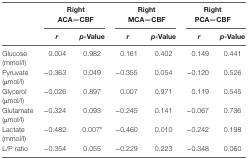
<table><thead><tr><td></td><td colspan="2"><b>Right ACA—CBF</b></td><td colspan="2"><b>Right MCA—CBF</b></td><td colspan="2"><b>Right PCA—CBF</b></td></tr><tr><td></td><td><b><i>r</i></b></td><td><b><i>p-</i>Value</b></td><td><b><i>r</i></b></td><td><b><i>p-</i>Value</b></td><td><b><i>r</i></b></td><td><b><i>p-</i>Value</b></td></tr></thead><tbody><tr><td>Glucose (mmol/l)</td><td>0.004</td><td>0.982</td><td>0.161</td><td>0.402</td><td>0.149</td><td>0.441</td></tr><tr><td>Pyruvate (μmol/l)</td><td>−0.363</td><td>0.049</td><td>−0.355</td><td>0.054</td><td>−0.120</td><td>0.526</td></tr><tr><td>Glycerol (μmol/l)</td><td>−0.026</td><td>0.897</td><td>0.007</td><td>0.971</td><td>0.119</td><td>0.545</td></tr><tr><td>Glutamate (μmol/l)</td><td>−0.324</td><td>0.093</td><td>−0.245</td><td>0.141</td><td>−0.067</td><td>0.736</td></tr><tr><td>Lactate (mmol/l)</td><td>−0.482</td><td>0.007<sup>a</sup></td><td>−0.460</td><td>0.010</td><td>−0.242</td><td>0.198</td></tr><tr><td>L/P ratio</td><td>−0.354</td><td>0.055</td><td>−0.229</td><td>0.223</td><td>−0.348</td><td>0.060</td></tr></tbody></table>